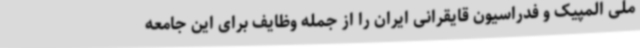
ملی المپیک و فدراسیون قایقرانی ایران را از جمله وظایف برای این جامعه